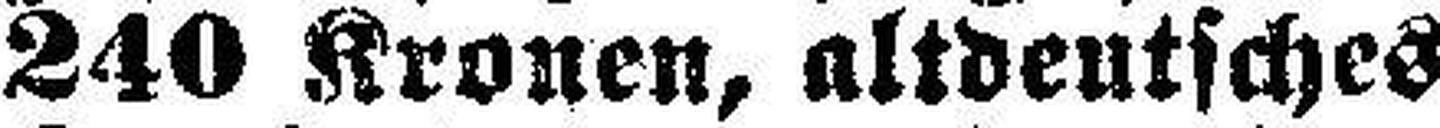
240 Kronen, altdeutsches